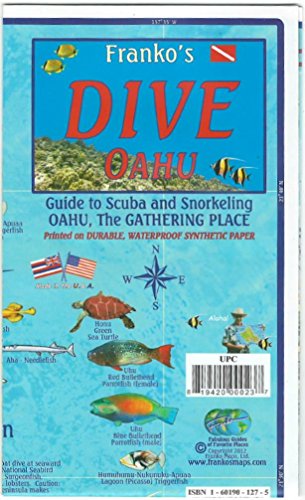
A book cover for Oahu Hawaii Dive Guide Franko Maps Waterproof Map; Franko Maps Ltd.; Travel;